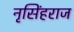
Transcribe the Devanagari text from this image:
नृसिंहराज